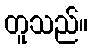
တူသည်။